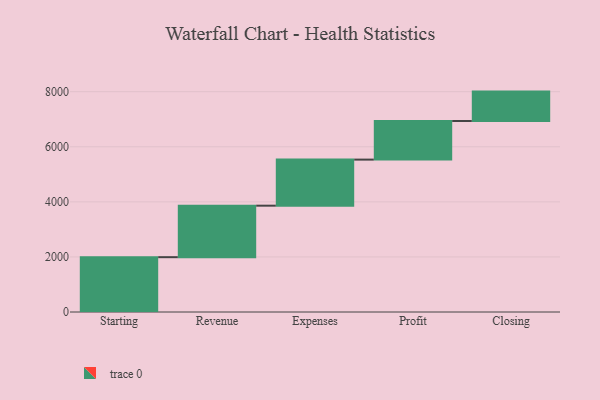
{"axis": {"x": "Step", "y": "Value"}, "legend": [""], "data": [{"x": "Starting", "y": 1991.0, "type": ""}, {"x": "Revenue", "y": 1870.0, "type": ""}, {"x": "Expenses", "y": 1673.0, "type": ""}, {"x": "Profit", "y": 1402.0, "type": ""}, {"x": "Closing", "y": 1068.0, "type": ""}]}